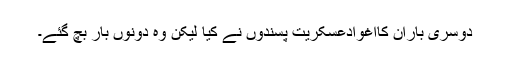
دوسری باران کااغوادعسکریت پسندوں نے کیا لیکن وہ دونوں بار بچ گئے۔